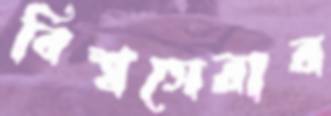
বিশ্বসেরার